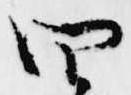
四